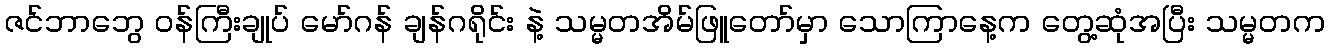
ဇင်ဘာဘွေ ဝန်ကြီးချုပ် မော်ဂန် ချန်ဂရိုင်း နဲ့ သမ္မတအိမ်ဖြူတော်မှာ သောကြာနေ့က တွေ့ဆုံအပြီး သမ္မတက